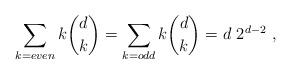
LaTeX: \begin{align*}\sum_{k=even} k {d \choose k}=\sum_{k=odd} k {d\choose k} = d~2^{d-2}\ ,\end{align*}